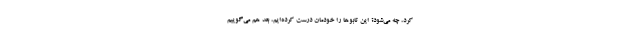
کرد، چه می‌شود؟ این تابوها را خودمان درست کرده‌ایم، بعد هم می‌گوییم